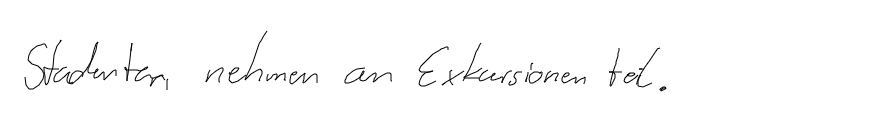
Studenten nehmen an Exkursionen teil.